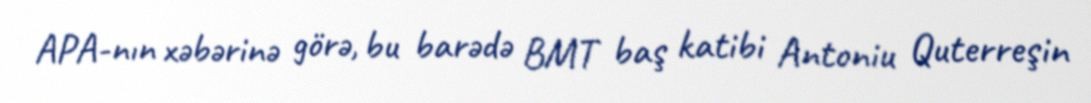
APA-nın xəbərinə görə, bu barədə BMT baş katibi Antoniu Quterreşin